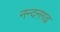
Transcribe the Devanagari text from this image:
नन्दऩगढ